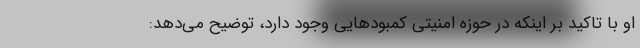
او با تاکید بر اینکه در حوزه امنیتی کمبودهایی وجود دارد، توضیح می‌دهد: